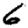
Digit: 6